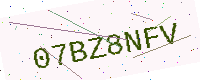
Text: 07BZ8NFV